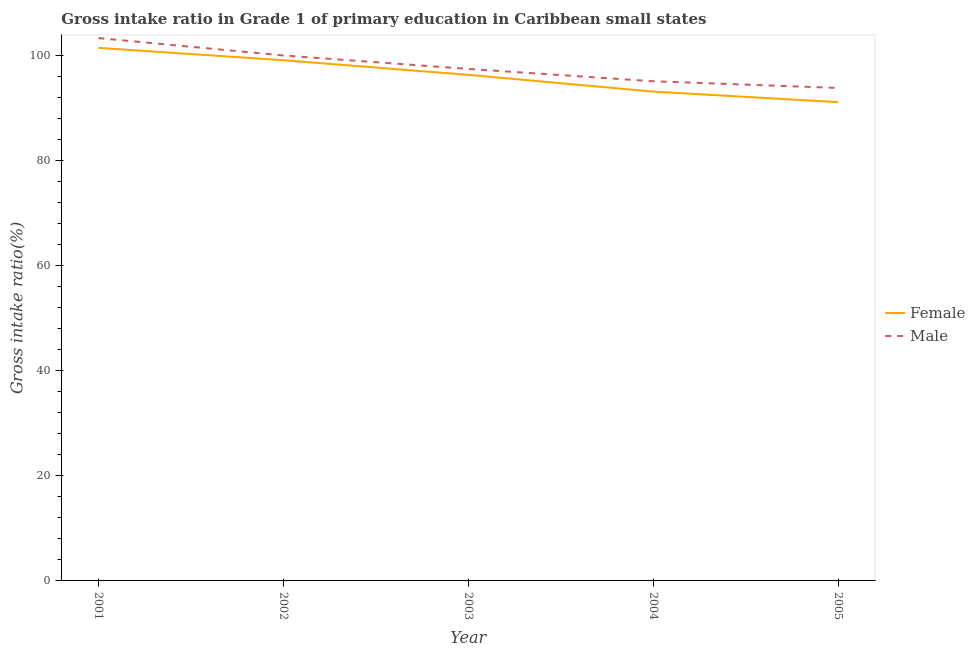
| Year | Female | Male |
 | --- | --- | --- |
 | 2001 | 101 | 103 |
 | 2002 | 99.1 | 100 |
 | 2003 | 96.4 | 97.5 |
 | 2004 | 93.2 | 95.1 |
 | 2005 | 91.2 | 93.9 |